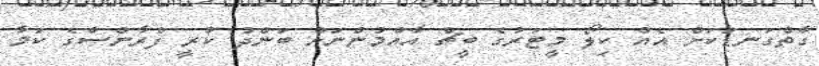
ގާތްގަނޑަކަށް އެއް ކިލޯ މީޓަރުގެ ބީޗް އާއްމުންނަށް ބަންދު ކުރީ ފްރާންސްގެ ކަމާ